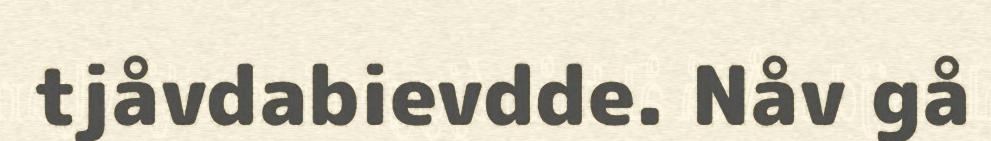
tjåvdabievdde. Nåv gå